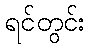
ရင်တွင်း